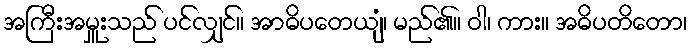
အကြီးအမှူးသည် ပင်လျှင်။ အာဓိပတေယျံ၊ မည်၏။ ဝါ၊ ကား။ အဓိပတိတော၊